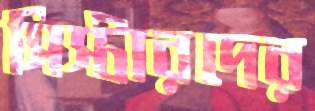
সিস্টারদের